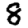
Digit: 8